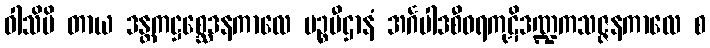
ဝါသိပိ တာယ ဒန္တကဋ္ဌစ္ဆေဒနကာလေ မဉ္စပီဌာနံ အင်္ဂပါဒစီဝရကုဋိဒဏ္ဍကသဇ္ဇနကာလေ စ